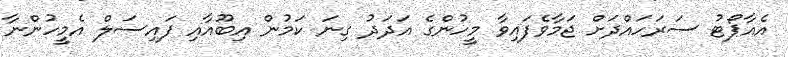
އެއާޕޯޓު ސަރަހައްދަށް ޖަމާވެފައިވާ މީހުންގެ އަދަދު ގިނަ ކަަމުން އިބޫއާއި ފައިސަލް އެމީހުންނާ